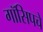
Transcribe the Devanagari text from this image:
गॉसिपचे